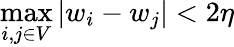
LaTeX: \operatorname*{max}_{i,j\in V}|w_{i}-w_{j}|<2\eta